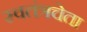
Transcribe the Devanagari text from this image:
स्वतंत्रचेता